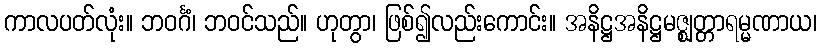
ကာလပတ်လုံး။ ဘဝင်္ဂံ၊ ဘဝင်သည်။ ဟုတွာ၊ ဖြစ်၍လည်းကောင်း။ အနိဋ္ဌအနိဋ္ဌမဇ္ဈတ္တာရမ္မဏာယ၊